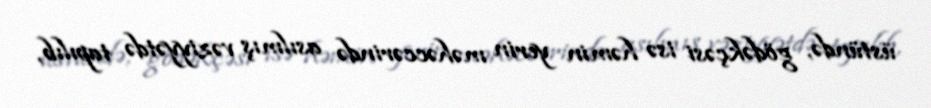
üstündə, gödəkçəsi isə həmin yerin məhəccərində asılmış vəziyyətdə tapılıb,